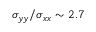
\sigma _ { y y } / \sigma _ { x x } \sim 2 . 7